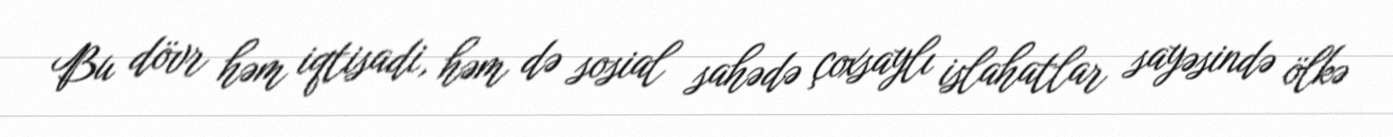
Bu dövr həm iqtisadi, həm də sosial sahədə çoxsaylı islahatlar sayəsində ölkə